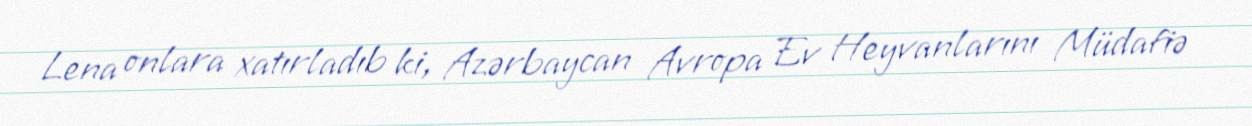
Lena onlara xatırladıb ki, Azərbaycan Avropa Ev Heyvanlarını Müdafiə